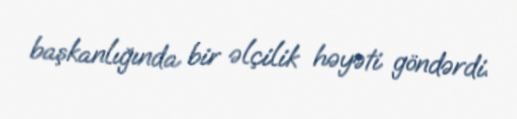
başkanlığında bir əlçilik həyəti göndərdi.